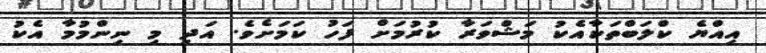
އިއްޔެ ކްލަބްތަކާއެކު މަޝްވަރާ ކުރުމަށް ފަހު ކަމަށެވެ. އަދި މި ނިންމުމާ އެކު